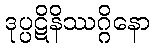
ဒုပ္ပဋိနိဿဂ္ဂိနော